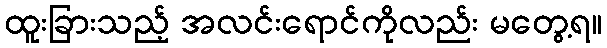
ထူးခြားသည့် အလင်းရောင်ကိုလည်း မတွေ့ရ။